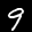
Label: 9